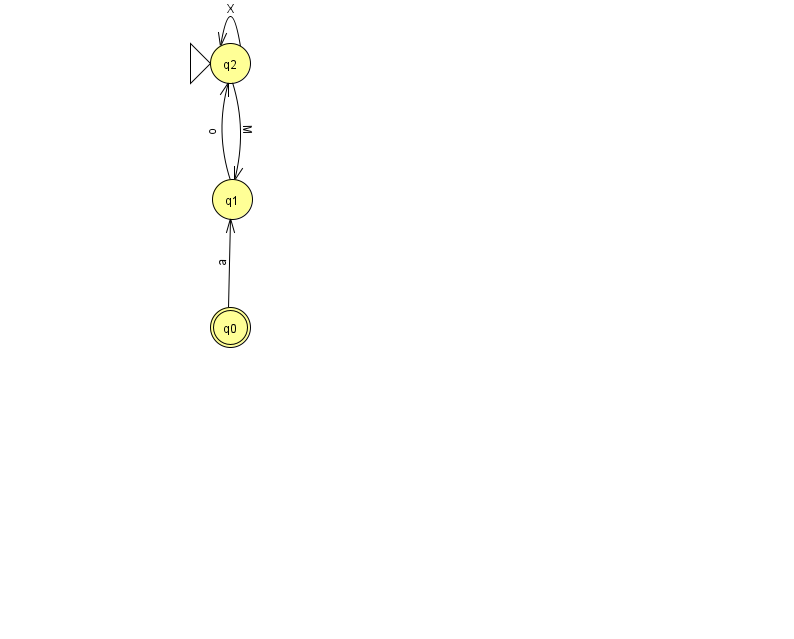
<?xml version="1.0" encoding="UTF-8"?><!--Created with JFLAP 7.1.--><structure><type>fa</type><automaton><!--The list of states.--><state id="0" name="q0"><x>230.0</x><y>314.0</y><final/></state><state id="1" name="q1"><x>232.0</x><y>186.0</y></state><state id="2" name="q2"><x>230.0</x><y>50.0</y><initial/></state><!--The list of transitions.--><transition><from>2</from><to>1</to><read>M</read></transition><transition><from>1</from><to>2</to><read>o</read></transition><transition><from>0</from><to>1</to><read>a</read></transition><transition><from>2</from><to>2</to><read>X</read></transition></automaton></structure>